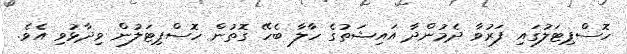
ހޮސްޕިޓަލުގައި ފަރުވާ ދެމުންދާ އައިޝަތުގެ ހާލާ ބެހޭ ގޮތުން ހޮސްޕިޓަލުން ވިދާޅުވި އެވެ.